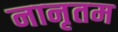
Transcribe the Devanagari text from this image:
नानृतम